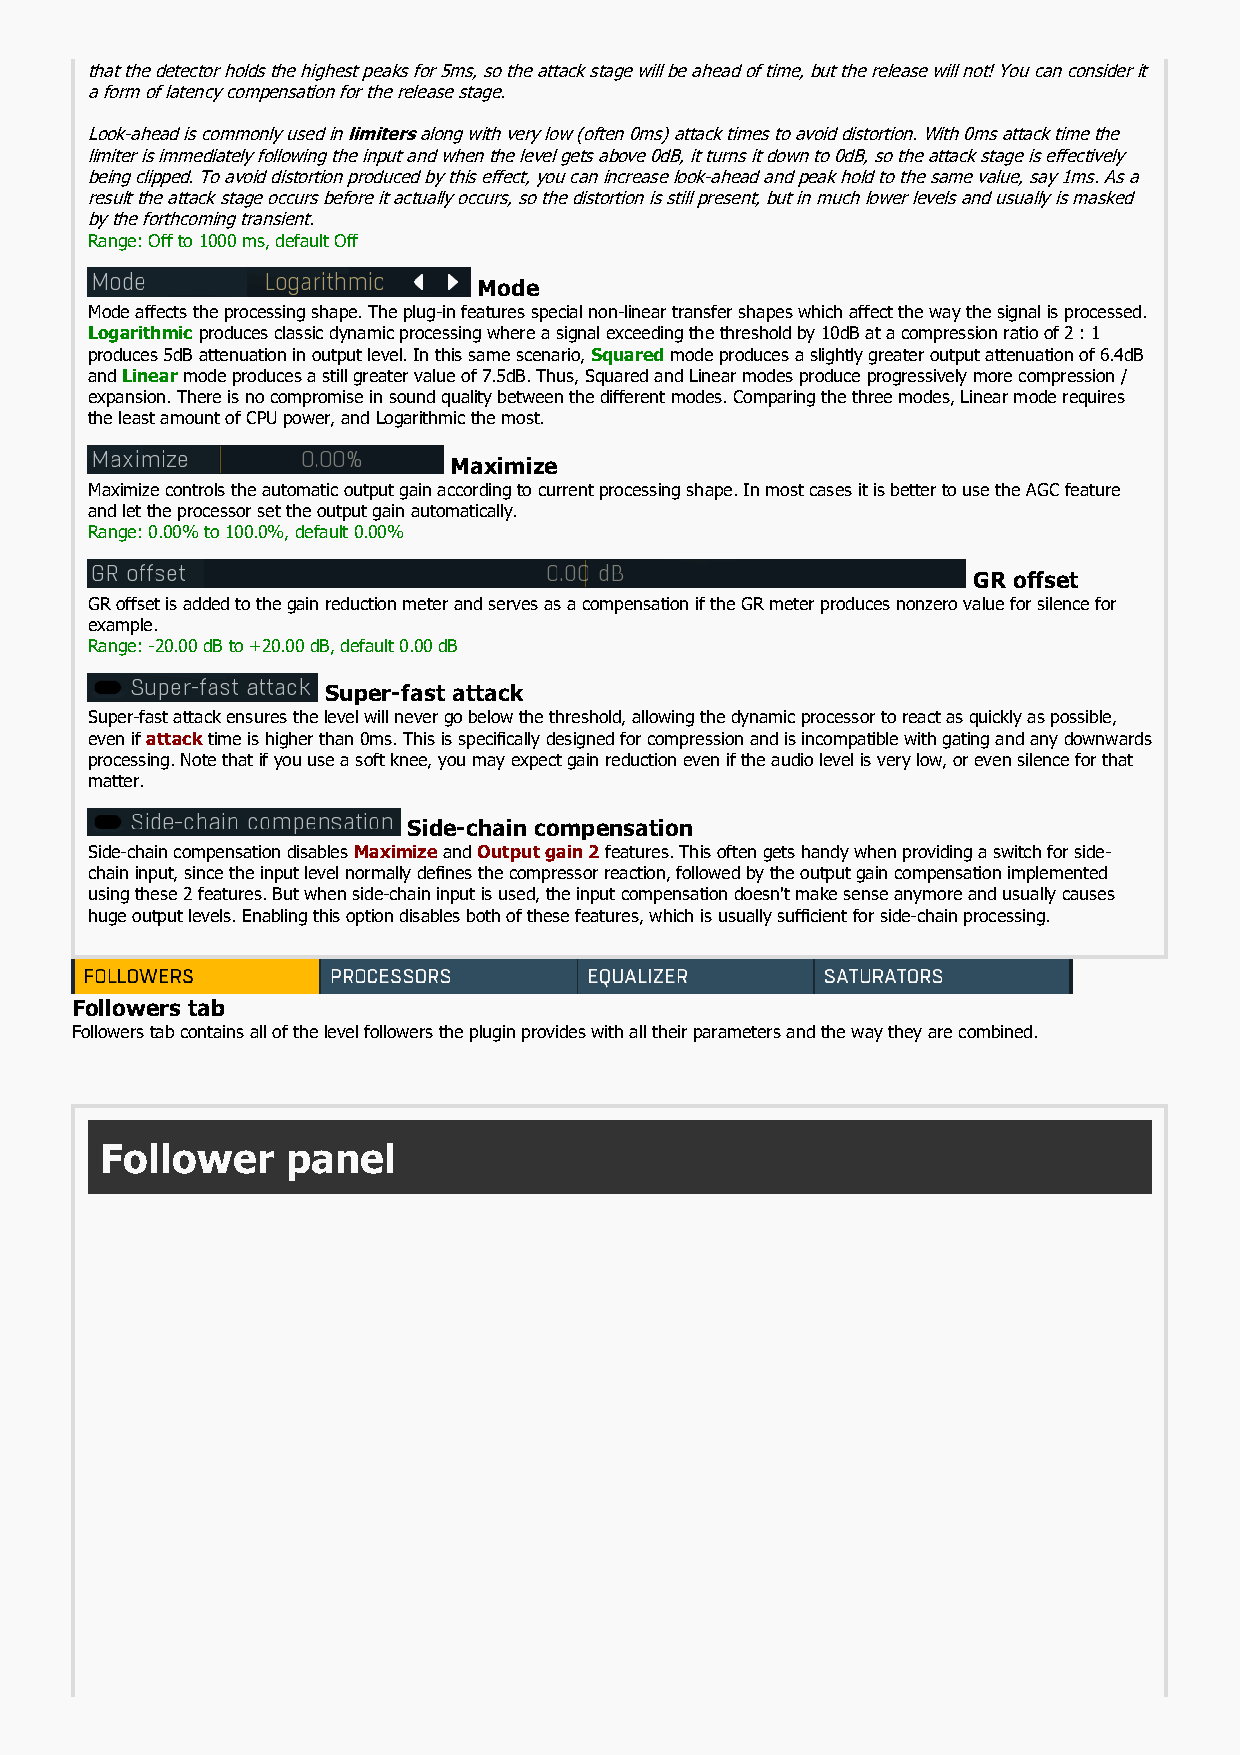
that the detector holds the highest peaks for 5ms, so the attack stage will be ahead of time, but the release will not! You can consider it
 a form of latency compensation for the release stage.
 Look-ahead is commonly used in limiters along with very low (often 0ms) attack times to avoid distortion. With 0ms attack time the
 limiter is immediately following the input and when the level gets above 0dB, it turns it down to 0dB, so the attack stage is effectively
 being clipped. To avoid distortion produced by this effect, you can increase look-ahead and peak hold to the same value, say 1ms. As a
 result the attack stage occurs before it actually occurs, so the distortion is still present, but in much lower levels and usually is masked
 by the forthcoming transient.
 Range: Off to 1000 ms, default Off
 Mode
 Mode affects the processing shape. The plug-in features special non-linear transfer shapes which affect the way the signal is processed.
 Logarithmic produces classic dynamic processing where a signal exceeding the threshold by 10dB at a compression ratio of 2 : 1
 produces 5dB attenuation in output level. In this same scenario, Squared mode produces a slightly greater output attenuation of 6.4dB
 and Linear mode produces a still greater value of 7.5dB. Thus, Squared and Linear modes produce progressively more compression /
 expansion. There is no compromise in sound quality between the different modes. Comparing the three modes, Linear mode requires
 the least amount of CPU power, and Logarithmic the most.
 Maximize
 Maximize controls the automatic output gain according to current processing shape. In most cases it is better to use the AGC feature
 and let the processor set the output gain automatically.
 Range: 0.00% to 100.0%, default 0.00%
 GR offset
 GR offset is added to the gain reduction meter and serves as a compensation if the GR meter produces nonzero value for silence for
 example.
 Range: -20.00 dB to +20.00 dB, default 0.00 dB
 Super-fast attack
 Super-fast attack ensures the level will never go below the threshold, allowing the dynamic processor to react as quickly as possible,
 even if attack time is higher than 0ms. This is specifically designed for compression and is incompatible with gating and any downwards
 processing. Note that if you use a soft knee, you may expect gain reduction even if the audio level is very low, or even silence for that
 matter.
 Side-chain compensation
 Side-chain compensation disables Maximize and Output gain 2 features. This often gets handy when providing a switch for side-
 chain input, since the input level normally defines the compressor reaction, followed by the output gain compensation implemented
 using these 2 features. But when side-chain input is used, the input compensation doesn't make sense anymore and usually causes
 huge output levels. Enabling this option disables both of these features, which is usually sufficient for side-chain processing.
 Followers tab
 Followers tab contains all of the level followers the plugin provides with all their parameters and the way they are combined.
 Follower    panel